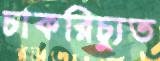
চাকরিচ্যুত